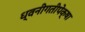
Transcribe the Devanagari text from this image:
ध्वनीगतीपेक्षा